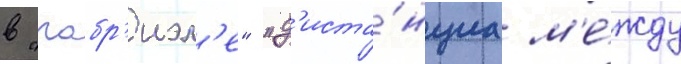
в "габр'иэл'е" "д'иста́нциа м'е́жду